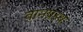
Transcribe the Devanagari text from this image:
वानप्रस्‍थ